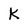
Character: K